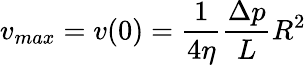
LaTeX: v_{max}=v(0)=\frac{1}{4\eta}\frac{\Delta p}{L}R^{2}